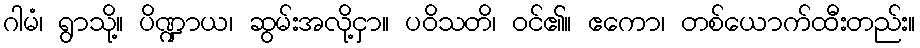
ဂါမံ၊ ရွာသို့။ ပိဏ္ဍာယ၊ ဆွမ်းအလို့ငှာ။ ပဝိသတိ၊ ဝင်၏။ ဧကော၊ တစ်ယောက်ထီးတည်း။